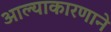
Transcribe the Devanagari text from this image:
आल्याकारणाने